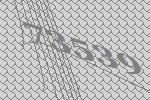
73539